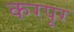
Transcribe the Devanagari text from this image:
करपूर